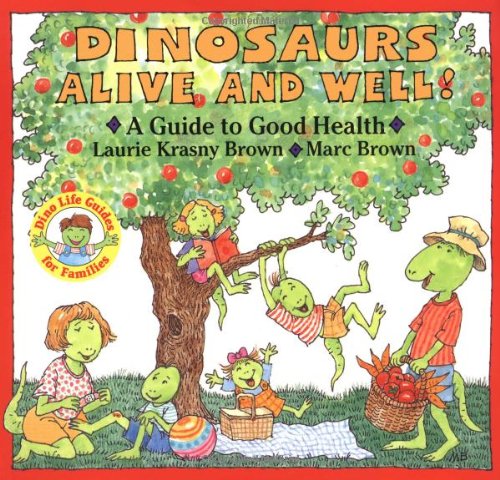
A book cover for Dinosaurs Alive and Well!: A Guide to Good Health (Dino Life Guides for Families); Marc Brown; Health, Fitness & Dieting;